Leaving Certificate Examination (including Day School Certificate (Higher) General paper), 1933
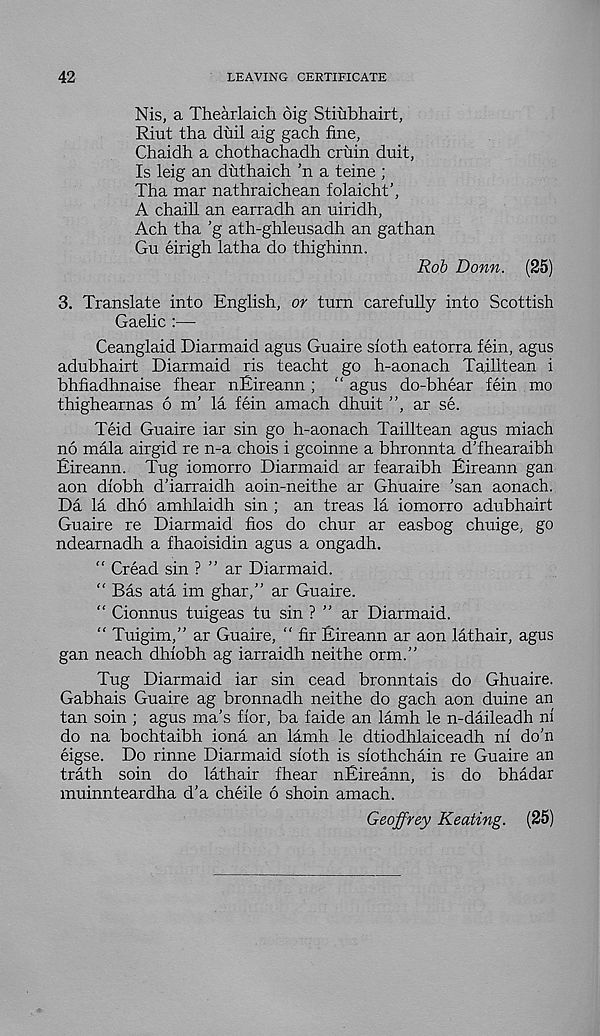
42
LEAVING CERTIFICATE
Nis, a Thearlaich dig Stiubhairt,
Riut tha duil aig gach fine,
Chaidh a chothachadh cruin duit,
Is leig an duthaich ’n a teine ;
Tha mar nathraichean folaicht’,
A chaill an earradh an uiridh,
Ach tha ’g ath-ghleusadh an gathan
Gu eirigh latha do thighinn.
Rob Bonn. (25)
3. Translate into English, or turn carefuUy into Scottish
Gaelic :—
Ceanglaid Diarmaid agus Guaire sloth eatorra fein, agus
adubhairt Diarmaid ris teacht go h-aonach Tailltean i
bhfiadhnaise fhear nEireann ; “ agus do-bhear fein mo
thighearnas 6 m’ la fein amach dhuit ”, ar se.
Teid Guaire iar sin go h-aonach Tailltean agus miach
no mala airgid re n-a chois i gcoinne a bhronnta d'fhearaibh
Eireann. Tug iomorro Diarmaid ar fearaibh Eireann gan
aon diobh d’iarraidh aoin-neithe ar Ghuaire \san aonach.
Da la dho amhlaidh sin ; an treas la iomorro adubhairt
Guaire re Diarmaid fios do chur ar easbog chuige, go
ndearnadh a fhaoisidin agus a ongadh.
“ Cread sin ? ” ar Diarmaid.
“ Bas ata im ghar,” ar Guaire.
“ Cionnus tuigeas tu sin ? ” ar Diarmaid.
“ Tuigim,” ar Guaire, " fir Eireann ar aon lathair, agus
gan neach dhiobh ag iarraidh neithe orm.”
Tug Diarmaid iar sin cead bronntais do Ghuaire.
Gabhais Guaire ag bronnadh neithe do gach aon duine an
tan soin ; agus ma’s fior, ba faide an lamh le n-daileadh nl
do na bochtaibh iona an lamh le dtiodhlaiceadh ni do'n
eigse. Do rinne Diarmaid sloth is slothchain re Guaire an
trath soin do lathair fhear nEireann, is do bhadar
muinnteardha d’a cheile 6 shoin amach.
Geoffrey Keating. (25)